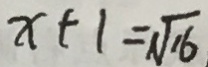
x + 1 = \sqrt { 1 6 }